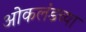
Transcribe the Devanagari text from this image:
ओकलंडच्या